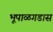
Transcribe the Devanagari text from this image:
भूपाळगडास